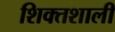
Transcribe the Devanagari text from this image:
शिक्तशाली